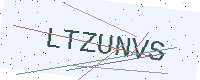
Text: LTZUNVS